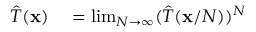
\begin{array} { r l } { { \hat { T } } ( \mathbf { x } ) } & { { } = \operatorname* { l i m } _ { N \to \infty } ( { \hat { T } } ( \mathbf { x } / N ) ) ^ { N } } \end{array}